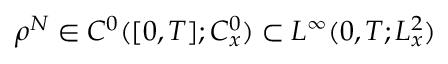
\rho ^ { N } \in C ^ { 0 } ( [ 0 , T ] ; C _ { x } ^ { 0 } ) \subset L ^ { \infty } ( 0 , T ; L _ { x } ^ { 2 } )